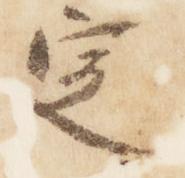
定